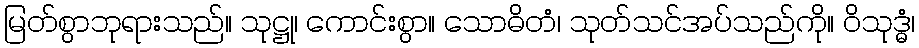
မြတ်စွာဘုရားသည်။ သုဋ္ဌု၊ ကောင်းစွာ။ သောဓိတံ၊ သုတ်သင်အပ်သည်ကို။ ဝိသုဒ္ဓံ၊